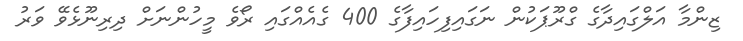
ޒިންމާ އަލްގައިދާގެ ގްރޫޕަކުން ނަގައިފިހައިފާގެ 400 ގެއެއްގައި ރޯވެ މީހުންނަށް ދިރިނޫޅެވޭ ވަރު